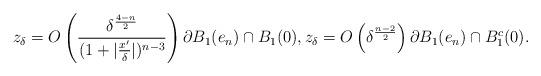
LaTeX: \begin{align*}z_\delta= O\left(\frac{\delta^\frac{4-n}{2}}{(1+|\frac{x'}{\delta}|)^{n-3}}\right) \partial B_1(e_n)\cap B_1(0),z_\delta= O\left(\delta^\frac{n-2}{2}\right) \partial B_1(e_n) \cap B_1^c(0).\end{align*}